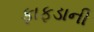
ફાફડાની